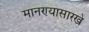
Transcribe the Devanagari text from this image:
मानण्यासारखे